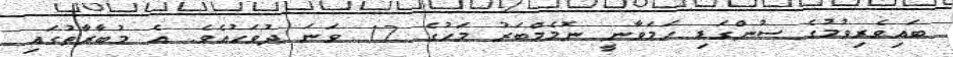
ބައިވެރިވުމުގެ ސުންގަޑި ހަމަވާނީ ނޮމެމްބަރު މަހުގެ 12 ވަނަ ދުވަހުއެވެ. އެ މުބާރާތުގައި